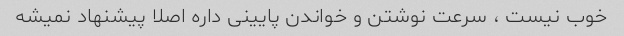
خوب نیست ، سرعت نوشتن و خواندن پایینی داره اصلا پیشنهاد نمیشه